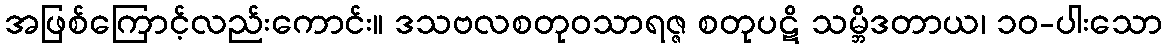
အဖြစ်ကြောင့်လည်းကောင်း။ ဒသဗလစတုဝသာရဇ္ဇ စတုပဋိ သမ္ဘိဒတာယ၊ ၁၀-ပါးသော